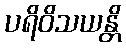
ပရိဝိသယန္တိ